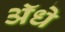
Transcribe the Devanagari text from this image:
ॲधे